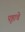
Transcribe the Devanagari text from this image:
पृष्ठाचे